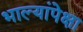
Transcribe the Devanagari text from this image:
भाल्यांपेक्षा